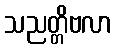
သညတ္တိဗလာ